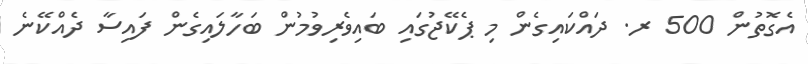
އެގޮތުން 500 ރ. ދައްކައިގެން މި ޕެކޭޖުގައި ބައިވެރިވުމުން ބަހާލައިގެން ފައިސާ ދެއްކޭނެ